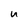
Character: u